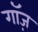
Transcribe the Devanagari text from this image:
गॉज़